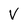
Character: V